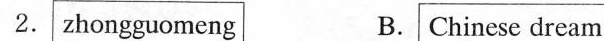
2.zhongguomeng B.Chinese dream